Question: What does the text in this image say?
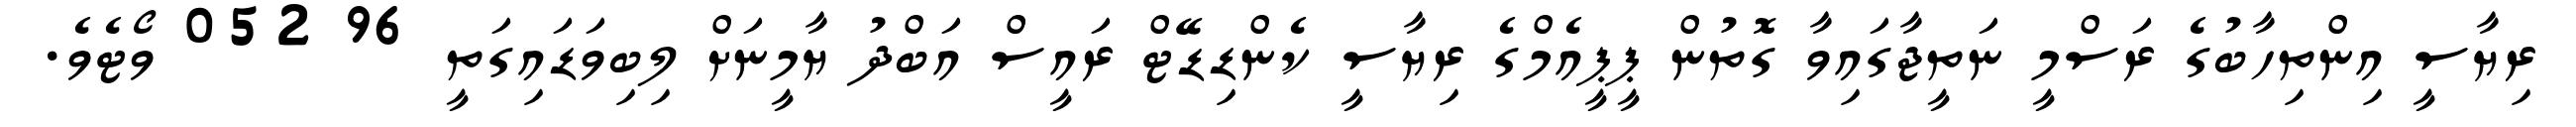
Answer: ރިޔާސީ އިންތިހާބުގެ ރަސްމީ ނަތީޖާގައިވާ ގޮތުން ޕީޕީއެމްގެ ރިޔާސީ ކެންޑިޑޭޓް ރައީސް އަބްދު ޔާމީނަށް ލިބިވަޑައިގަތީ 96 052 ވޯޓެވެ.